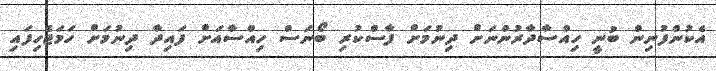
އެކުންފުނިން ބުނީ ހިއްސާދާރުންނަށް ދިނުމަށް ފާސްކުރި ބޯނަސް ހިއްސާއަށް ފައިދާ ދިނުމަށް ހަމަޖެހިފައި